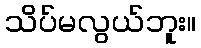
သိပ်မလွယ်ဘူး။